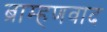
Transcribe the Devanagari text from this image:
ब्राम्हणवाद